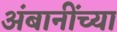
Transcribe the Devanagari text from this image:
अंबानींच्या